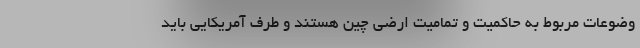
وضوعات مربوط به حاکمیت و تمامیت ارضی چین هستند و طرف آمریکایی باید